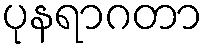
ပုနရာဂတာ